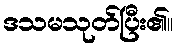
ဒသမသုတ်ပြီး၏။